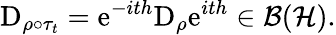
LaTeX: \mathrm{D}_{\rho\circ\tau_{t}}=\mathrm{e}^{-ith}\mathrm{D}_{\rho}\mathrm{e}^{ith}\in\mathcal{B}(\mathcal{H}).